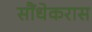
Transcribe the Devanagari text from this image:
सौंधेकरास